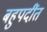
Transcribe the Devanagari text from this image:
बहुपदींत